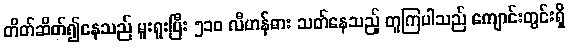
တိတ်ဆိတ်၍နေသည် မူးရူးပြီး ၅၁၀ လီဟန်ဓား သတ်နေသည့် တူကြပါသည် ကျောင်းတွင်းရှိ